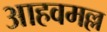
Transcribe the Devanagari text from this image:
आहवमल्ल